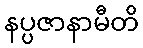
နပ္ပဇာနာမီတိ